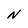
Character: N